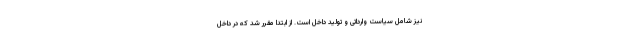
نیز شامل سیاست وارداتی و تولید داخل است. از ابتدا مقرر شد که در داخل